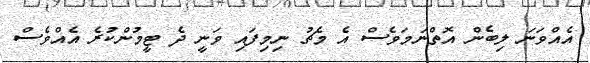
އެއްވަނަ ލިބެން އޮތްނަމަވެސް އެ މެޗު ނިމިފައި ވަނީ ދެ ޓީމުންކުރެ އެއްވެސް